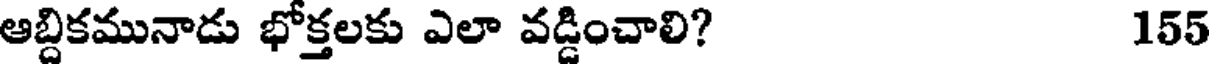
ఆబ్దికమునాడు భోక్తలకు ఎలా వడ్డించాలి? 155